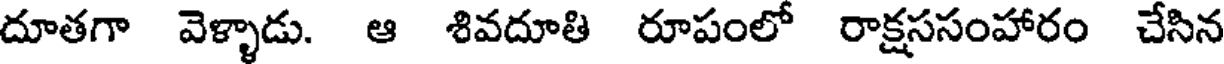
దూతగా వెళ్ళాడు. ఆ శివదూతి రూపంలో రాక్షససంహారం చేసిన